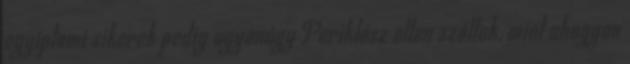
egyiptomi sikerek pedig ugyanúgy Periklész ellen szóltak, mint ahogyan